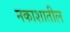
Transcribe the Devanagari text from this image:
नकाशातील